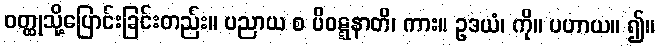
ဝတ္ထုသို့ပြောင်းခြင်းတည်း။ ပညာယ စ ပိဝဋ္ဋနာတိ၊ ကား။ ဥဒယံ၊ ကို။ ပဟာယ။ ၍။